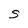
Character: S